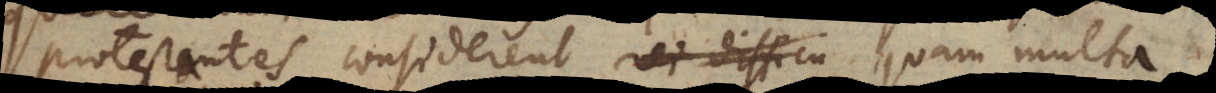
protestantes considerent rei difficu quam multa